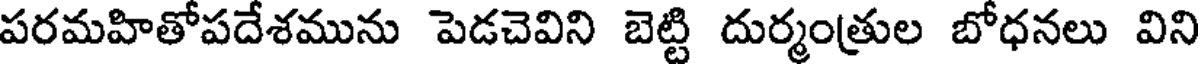
పరమహితోపదేశమును పెడచెవిని బెట్టి దుర్మంత్రుల బోధనలు విని